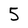
Character: 5